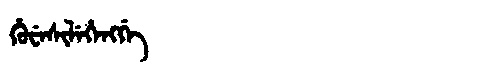
Manchu: ᡥᡠᠸᡝᠰᡳᠯᡝᡥᡝᠩᡤᡝ
Romanization: HUWESILEHENGGE